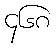
၄၆၈